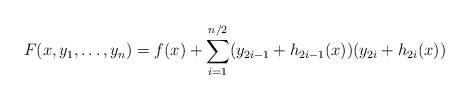
LaTeX: \begin{align*} F(x,y_1,\ldots,y_n) = f(x) + \sum_{i=1}^{n/2}(y_{2i-1}+h_{2i-1}(x))(y_{2i}+h_{2i}(x))\end{align*}